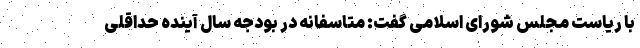
با ریاست مجلس شورای اسلامی گفت: متاسفانه در بودجه سال آینده حداقلی